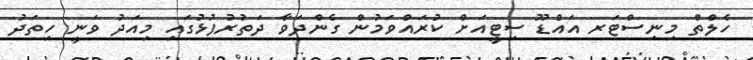
ހެލްތް މިނިސްޓަރ އައްޑޫ ސިޓީއަށް ކުރައްވަމުން ގެންދަވާ ދަތުރުފުޅުގައި މިއަދު ވަނީ ހިތަދު